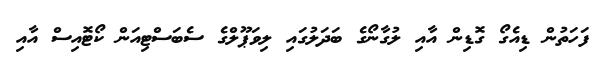
ފަހަތުން ޑިއެގޯ ގޮޑިން އާއި ލުގާނޯގެ ބަދަލުގައި ލިވަޕޫލްގެ ސެބަސްޓިއަން ކޯޓޮއިސް އާއި